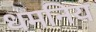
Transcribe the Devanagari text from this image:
धमनिय